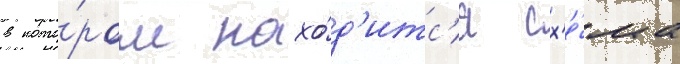
в кото́ром нахо́д'итс'я сх'е́ма